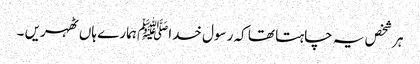
ہر شخص یہ چاہتا تھا کہ رسول خداﷺ ہمارے ہاں ٹھہریں ۔